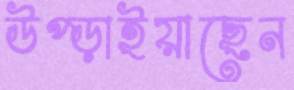
উপ্‌ড়াইয়াছেন